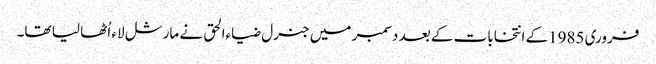
فروری 1985کے انتخابات کے بعد دسمبر میں جنرل ضیاءالحق نے مارشل لاء اُٹھا لیا تھا۔